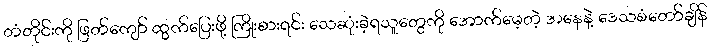
တံတိုင်းကို ဖြတ်ကျော် ထွက်ပြေးဖို့ ကြိုးစားရင်း သေဆုံးခဲ့ရသူတွေကို အောက်မေ့တဲ့ အနေနဲ့ ဒေသစံတော်ချိန်